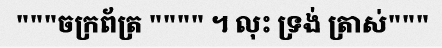
"""ចក្រព័ត្រ """" ។ លុះ ទ្រង់ ត្រាស់"""